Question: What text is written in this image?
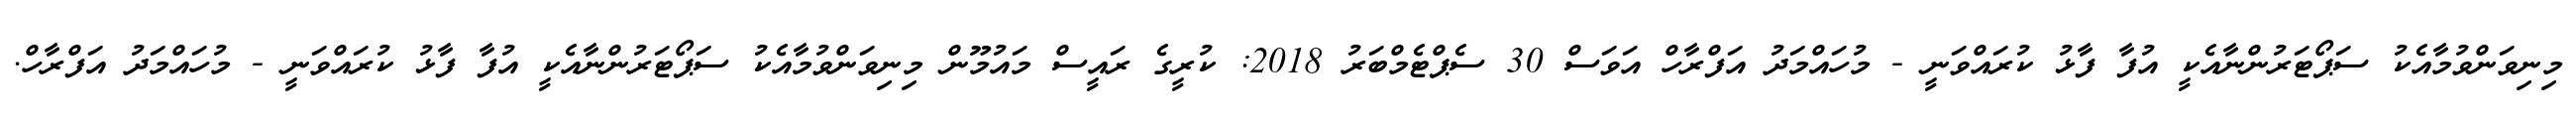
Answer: މިނިވަންވުމާއެކު ސަޕޯޓަރުންނާއެކީ އުފާ ފާޅު ކުރައްވަނީ - މުހައްމަދު އަފްރާހް އަވަސް 30 ސެޕްޓެމްބަރު 2018: ކުރީގެ ރައީސް މައުމޫން މިނިވަންވުމާއެކު ސަޕޯޓަރުންނާއެކީ އުފާ ފާޅު ކުރައްވަނީ - މުހައްމަދު އަފްރާހް.